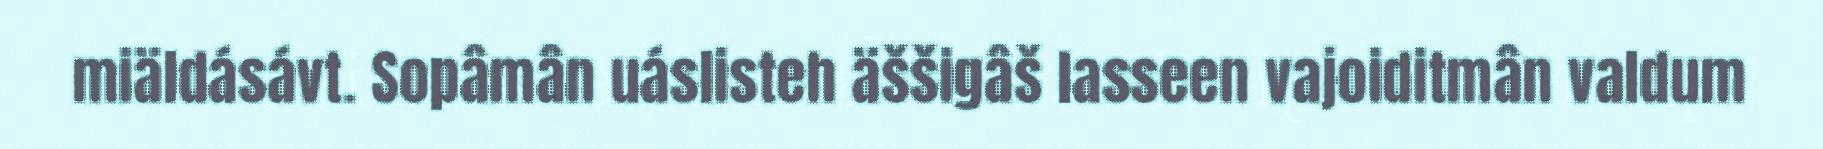
miäldásávt. Sopâmân uáslisteh äššigâš lasseen vajoiditmân valdum